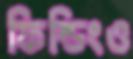
ফিল্ডিংও